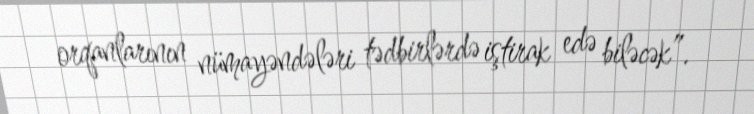
orqanlarının nümayəndələri tədbirlərdə iştirak edə biləcək”.